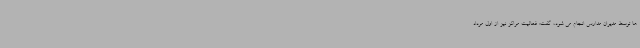
ها توسط مدیران مدارس انجام می شود، گفت: فعالیت مراکز نیز از اول مرداد